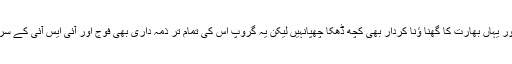
بلوچستان کے حالات کا ادارک سب کو ہے ،یہاں کی محرومیاں بھی سب جانتے ہیں اور یہاں بھارت کا گھنا ؤنا کردار بھی کچھ ڈھکا چھپانہیں لیکن یہ گروپ اس کی تمام تر ذمہ داری بھی فوج اور آئی ایس آئی کے سر ڈالتا رہا اور پڑوسی ملک کی خدمت کے عوض معلوم نہیں کیا کچھ وصول کرتا رہا۔